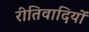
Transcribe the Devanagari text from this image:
रीतिवादियों